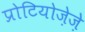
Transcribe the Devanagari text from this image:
प्रोटियोज़ेज़े